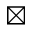
\boxtimes